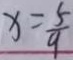
x = \frac { 5 } { 9 }